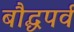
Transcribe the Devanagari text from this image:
बौद्धपर्व